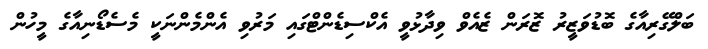
ބަލްގޭރިއާގެ ބޮޑުވަޒީރު ޒޮރަން ޒެއެވް ވިދާޅުވީ އެކްސިޑެންޓްގައި މަރުވި އެންމެންނަކީ މެސެޑޯނިއާގެ މީހުން